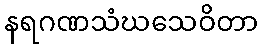
နရဂဏသံဃသေဝိတာ